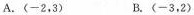
A.(-2,3) B.(-3,2)